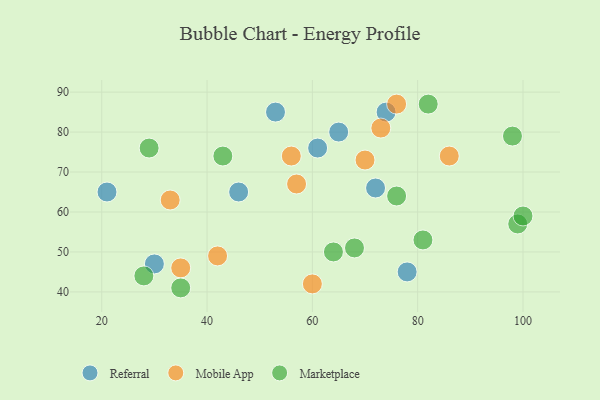
{"axis": {"x": "GDP", "y": "Life Expectancy"}, "legend": ["Marketplace", "Mobile App", "Referral"], "data": [{"x": "21", "y": 65, "type": "Referral"}, {"x": "65", "y": 80, "type": "Referral"}, {"x": "78", "y": 45, "type": "Referral"}, {"x": "30", "y": 47, "type": "Referral"}, {"x": "61", "y": 76, "type": "Referral"}, {"x": "74", "y": 85, "type": "Referral"}, {"x": "53", "y": 85, "type": "Referral"}, {"x": "72", "y": 66, "type": "Referral"}, {"x": "46", "y": 65, "type": "Referral"}, {"x": "42", "y": 49, "type": "Mobile App"}, {"x": "76", "y": 87, "type": "Mobile App"}, {"x": "57", "y": 67, "type": "Mobile App"}, {"x": "70", "y": 73, "type": "Mobile App"}, {"x": "73", "y": 81, "type": "Mobile App"}, {"x": "56", "y": 74, "type": "Mobile App"}, {"x": "35", "y": 46, "type": "Mobile App"}, {"x": "86", "y": 74, "type": "Mobile App"}, {"x": "33", "y": 63, "type": "Mobile App"}, {"x": "60", "y": 42, "type": "Mobile App"}, {"x": "81", "y": 53, "type": "Marketplace"}, {"x": "64", "y": 50, "type": "Marketplace"}, {"x": "76", "y": 64, "type": "Marketplace"}, {"x": "68", "y": 51, "type": "Marketplace"}, {"x": "99", "y": 57, "type": "Marketplace"}, {"x": "29", "y": 76, "type": "Marketplace"}, {"x": "43", "y": 74, "type": "Marketplace"}, {"x": "98", "y": 79, "type": "Marketplace"}, {"x": "82", "y": 87, "type": "Marketplace"}, {"x": "28", "y": 44, "type": "Marketplace"}, {"x": "100", "y": 59, "type": "Marketplace"}, {"x": "35", "y": 41, "type": "Marketplace"}]}